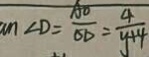
a n \angle D = \frac { A O } { O D } = \frac { 4 } { y + 4 }